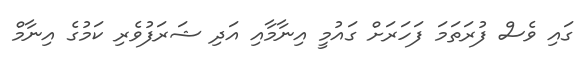
ގައި ވެސް ފުރަތަމަ ފަހަރަށް ގައުމީ އިނާމާއި އަދި ޝަރަފުވެރި ކަމުގެ އިނާމް